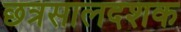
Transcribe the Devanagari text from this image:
छत्रसालदशक